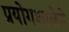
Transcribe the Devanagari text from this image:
प्रयोगशाळेने